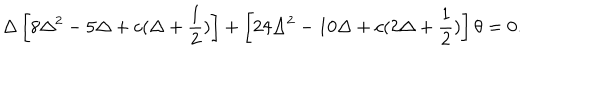
\Delta \left[ 8 \Delta ^ { 2 } - 5 \Delta + c ( \Delta + \frac { 1 } { 2 } ) \right] + \left[ 2 4 \Delta ^ { 2 } - 1 0 \Delta + c ( 2 \Delta + \frac { 1 } { 2 } ) \right] \theta = 0 .